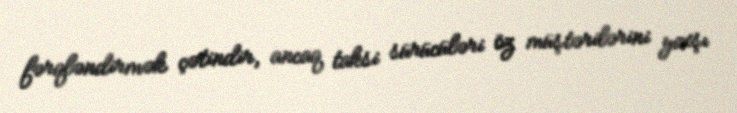
fərqləndirmək çətindir, ancaq taksi sürücüləri öz müştərilərini yaxşı